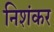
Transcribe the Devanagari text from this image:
निशंकर